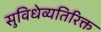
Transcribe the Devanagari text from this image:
सुविधेव्यतिरिक्त